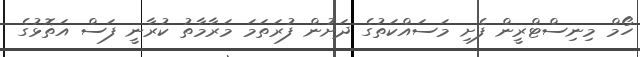
ހޯމް މިނިސްޓްރީން ފެށި މަސައްކަތުގެ ދަށުން ފުރަތަމަ މަރާމާތު ކުރާނީ ފަސް އަތޮޅުގެ